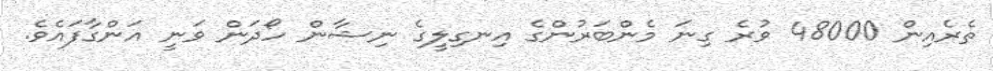
ތެރެއިން 48000 ވުރެ ގިނަ މެންބަރުންގެ އިނގިލީގެ ނިޝާން ހޯދަން ވަނީ އަންގާފައެވެ.